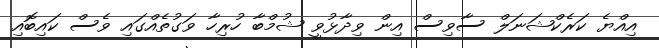
އިއްޔެ ކަރެކްޝަނަލް ސާވިސް އިން ވިދާޅުވީ ޝުމްބާ ހުރިހާ ވަގުތެއްގައި ވެސް ކައިބޮއި